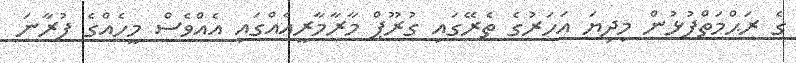
ގެ ރަޙްމަތްފުޅުން މިދިޔަ އަހަރުގެ ތެރޭގައި ގުރޫޕް މާރާމާރީއެއްގައި އެއްވެސް މީހެއްގެ ފުރާނަ